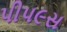
પીપ૯સ